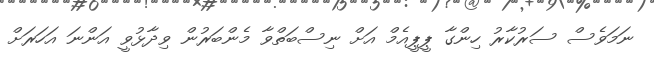
ނަމަވެސް ސަރުކާރު ހިންގާ ޕީޕީއެމް އަށް ނިސްބަތްވާ މެންބަރުން ވިދާޅުވީ އަންނަ އަހަރަށް